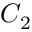
C _ { 2 }